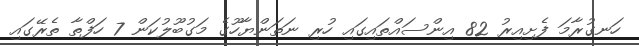
ހަނގުރާމަ ފެށިއިރު 82 އިންސައްތައިގައި ހުރި ނަތަންޔާހޫގެ މަގުބޫލުކަން 7 ހަފްތާ ތެރޭގައި